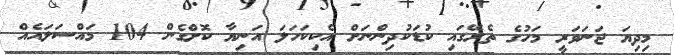
މިދިޔަ ޖަނަވަރީ މަހުގެ ތެރޭގައި ކުޑަކުދިންނަށް އެކިކަހަލަ އަނިޔާ ކޮށްގެން 104 މައްސަލައެއް